Lunatic asylums Madras 1892-1911 - 1892-1911
Year: 1892
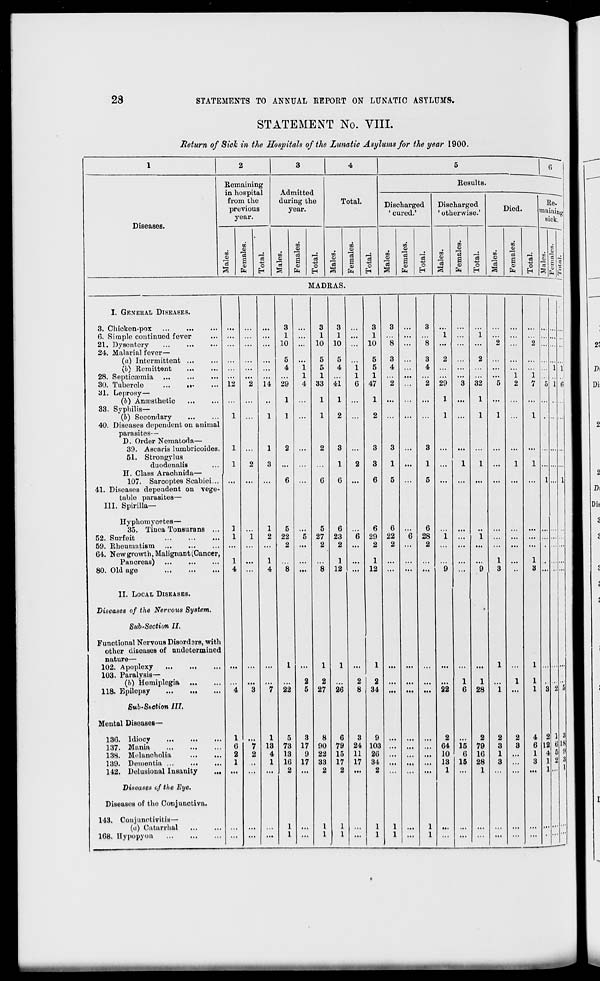
23
STATEMENTS TO ANNUAL REPORT ON LUNATIC ASYLUMS.
STATEMENT No. VIII.
Return of Sick in the Hospitals of the Lunatic Asylums for the year 1900.
Diseases.
Remaining
in hospital
from the
previous
year.
Admitted
during the
year.
TO
TO
Q
a
fa
O
H
TO
TO
O
"3
V
fa
0
EH
Total.
TO
0>
"3
Results.
Discharged
' cured.'
TO
TO
o
V
d
r-H
es
s d
O
*«
s
fa H
S
fa
o
Discharged
' otherwise.'
X
o
ea
o
6
c3
a
O
'A fa H
Died.
TO
o
"3
3
TO
o
s
fa
o
EH
Re. |
mainiaJ
sick. :
MADRAS.
I. GENERAL DISEASES.
3. Chicken-pox
6. Simple continued fever
21. Dysentery
...
...
...
24. Malarial fever—
(a) Intermittent ...
{h) Remittent
...
28. Septicaemia
30. Tubercle
...
.••
31. Leprosy—
(b) Anaesthetic
33. Syphilis—
(6) Secondary
40. Diseases dependent on animal
parasites—
D. Order Nematoda—
39. Ascaris lumbricoides.
51. Strongylus
duodenalis
H. Class Araohnida—
107. Sarooptes Scabiei...
41. Diseases dependent on vege-
table parasites—
III. Spirilla—
Dyphomycetes—
35. Tinea Tonsurans ...
52. Surfeit
59. Rheumatism
G4. New growth, Malignant (Cancer,
Pancreas)
80. Old age
II. LOCAL DISEASES.
Diseases of the Nervous System.
Sub-Section II.
Functional Nervous Disordars, with
other diseases of undetermined
nature—
102. Apoplexy
103. Paralysis—
(b) Homiplegia
118. Epilepsy
Sub-Section III.
Mental Diseases—
130. Idiocy
137. Mania
138. Melancholia
139. Dementia ...
...
142. Delusional Iusauity
Diseases c/ the Eye.
Diseases of the Conjunctiva.
143. Conjunctivitis—
(a) Catarrhal
...
108. Bypopyon
12
14
1
13
4
1
3
1
10
5
4
29
1
1
5
22
2
22
73
13
10
9.
3
17
9
17
3
1
10
5
5
1
33
1
1
5
27
2
3
1
10
4
41
1
2
3
1
0
6
23
2
1
12
2
27
8
90
22
33
2
20
G
79
15
17
2
3
24
11
17
3
1
10
5
5
1
47
6
29
2
1
12
2
34
9
103
20
34
2
6
22
2
3
8
"l
...
...
1
2
...
2
...
3
4
"i
3
2
29
1
1
3
2
32
1
1
5
1
1
2
1
7
I
5
1
i
...
1
5 ...
1
1
...
1
1
1 ...
"o
0
28
2
i
...
i
...
...
... ...
...
... ...
9 ...
*9
1
3
••
1
3 ...
1
1
... ... 22
1
0
1
28
i
1
1
1 3 2
...
...
2
04
10
13
1
15
0
15
2
79
10
28
1
2
3
1
3
2
3
4
6
1
3
2
12
4
1
1
1
6
5
2
...
1
1
... ... ... ... ... ... ... ...
is
2 3